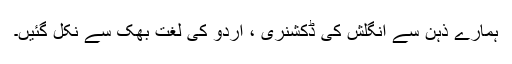
ہمارے ذہن سے انگلش کی ڈکشنری ، اردو کی لغت بھک سے نکل گئیں۔